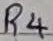
Text: R4